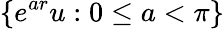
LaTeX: \lbrace e^{ar}u:0\leq a<\pi\rbrace